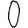
Digit: 0